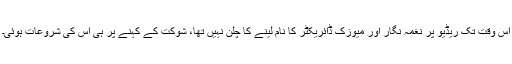
اس وقت تک ریڈیو پر نغمہ نگار اور میوزک ڈائریکٹر کا نام لینے کا چلن نہیں تھا، شوکت کے کہنے پر ہی اس کی شروعات ہوئی۔